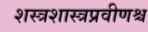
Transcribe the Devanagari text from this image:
शस्त्रशास्त्रप्रवीणश्च